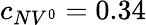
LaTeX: c_{NV^{0}}=0.34